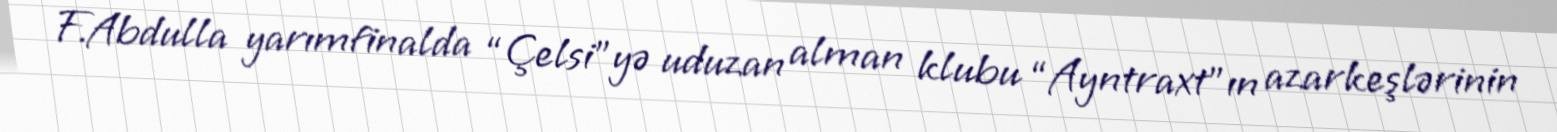
F.Abdulla yarımfinalda “Çelsi”yə uduzan alman klubu “Ayntraxt”ın azarkeşlərinin